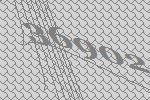
36902